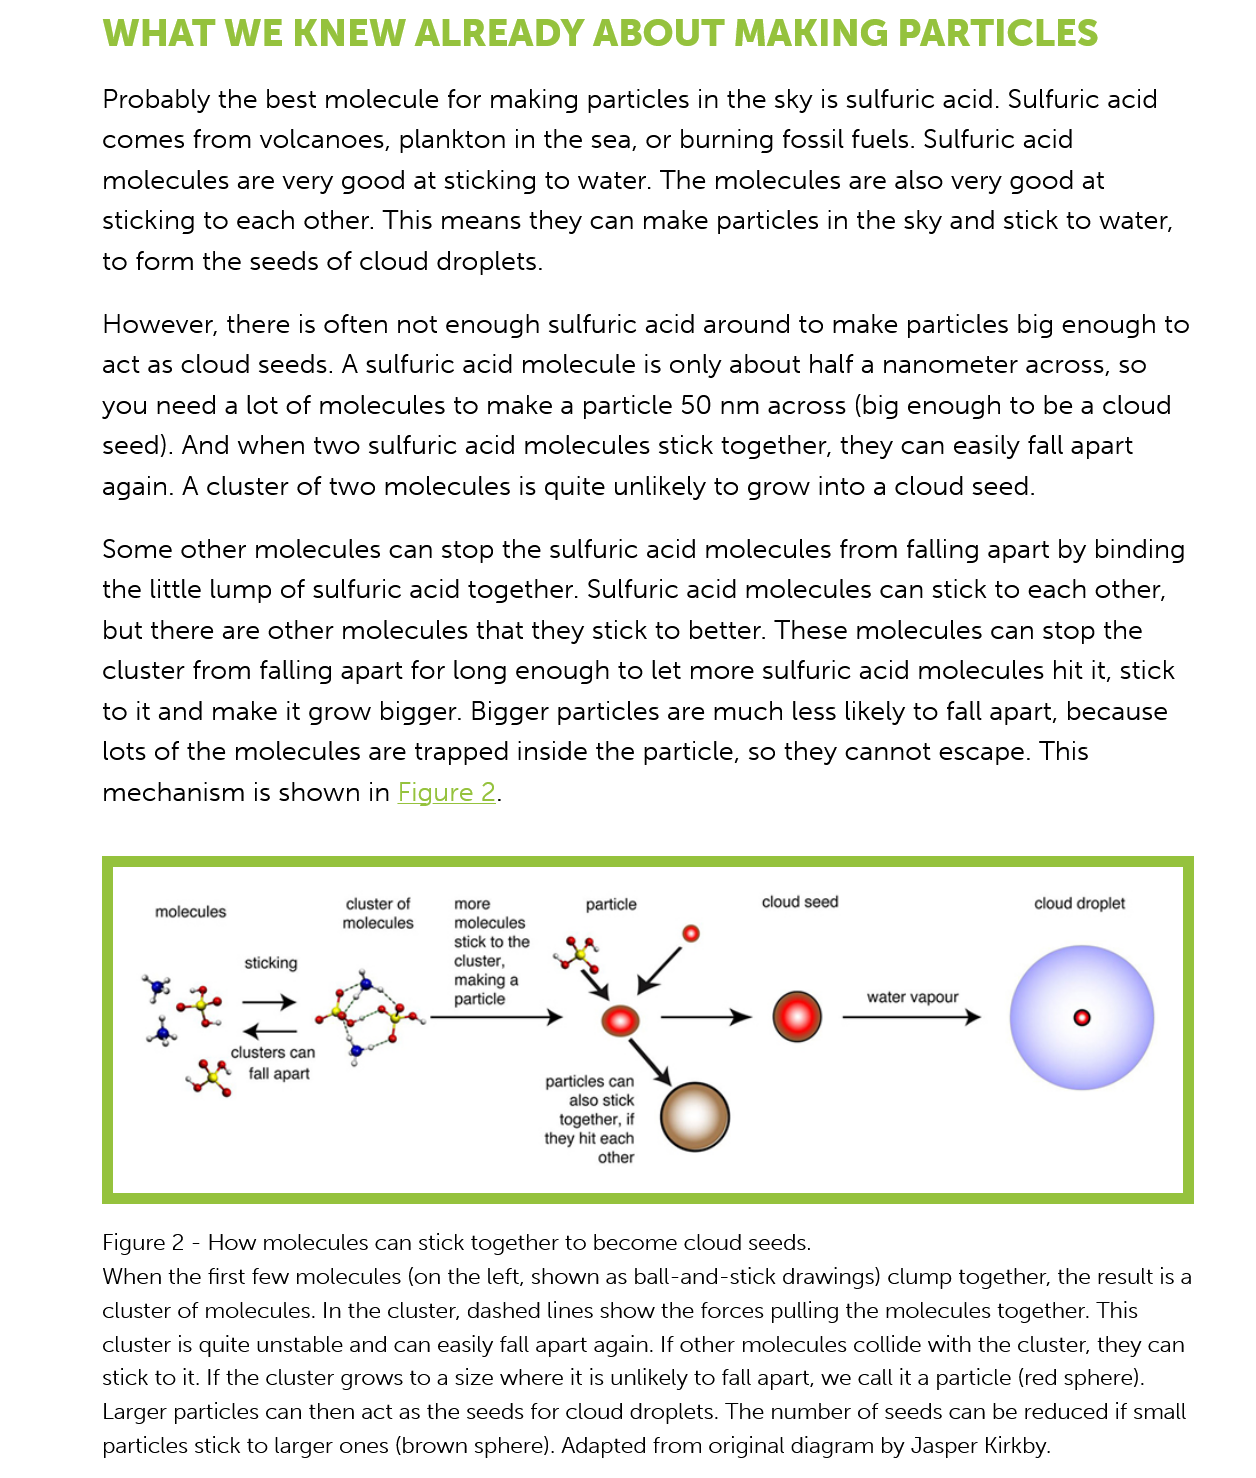
WHAT    WE    KNEW    ALREADY    ABOUT    MAKING    PARTICLES
     Probably  the best molecule  for making   particles in the sky is sulfuric acid. Sulfuric acid
     comes  from   volcanoes,  plankton  in the sea, or burning  fossil fuels. Sulfuric acid
     molecules  are very good   at sticking to water. The molecules  are also very good   at
     sticking to each  other. This means   they can  make particles  in the sky and stick to water,
     to form  the seeds  of cloud  droplets.
     However,  there  is often not enough sulfuric  acid around  to make particles  big enough   to
     act as cloud  seeds. A sulfuric acid molecule   is only about half a nanometer   across, so
     you  need  a lot of molecules  to make  a particle 50 nm  across  (big enough  to be  a cloud
     seed). And  when two  sulfuric  acid molecules   stick together, they can easily fall apart
     again. A  cluster of two molecules is  quite unlikely to grow  into a cloud seed.
     Some other   molecules  can  stop the sulfuric acid molecules   from falling apart by binding
     the little lump of sulfuric acid together. Sulfuric acid molecules  can  stick to each other,
     but there are other molecules   that they stick to better. These molecules   can stop the
     cluster from  falling apart for long enough to  let more  sulfuric acid molecules hit  it, stick
     to it and make it grow   bigger. Bigger particles are much less likely to fall apart, because
     lots of the molecules  are trapped  inside the particle, so they cannot escape.  This
     mechanism    is shown in Figure
     2.
     molecules
     cluster of
     molecules
     ‘sticking
     more
     molecules
     Stick to the
     cluster,
     making a
     particle
     particle    cloud seed
     water vapour
     cloud droplet
     clusters can
     fall apart
     particles can
     also stick
     together, if
     they hit each
     other
     Figure 2
     -
     How molecules can stick together to become cloud seeds.
     When the first few molecules (on the left, shown as ball-and-stick drawings) clump together, the result is a
     cluster of molecules. In the cluster, dashed lines show the forces pulling the molecules together. This
     cluster is quite unstable and can easily fall apart again. If other molecules collide with the cluster, they can
     stick to it. If the cluster grows to a size where it is unlikely to fall apart, we call it a particle (red sphere).
     Larger particles can then act as the seeds for cloud droplets. The number of seeds can be reduced if small
     particles stick to larger ones (brown sphere). Adapted from original diagram by Jasper Kirkby.